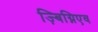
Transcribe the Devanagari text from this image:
ज़्बिग्निएव